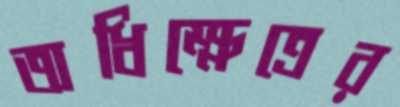
অধিক্ষেত্রের